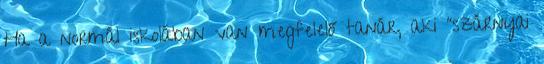
Ha a normál iskolában van megfelelő tanár, aki "szárnyai